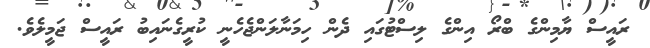
ރައީސް ޔާމިންގެ ބްރޯ އިންގެ ލިސްޓުގައި ދެން ހިމަނާލަންޖެހެނީ ކުރީގެނައިބު ރައީސް ޖަމީލެވެ.